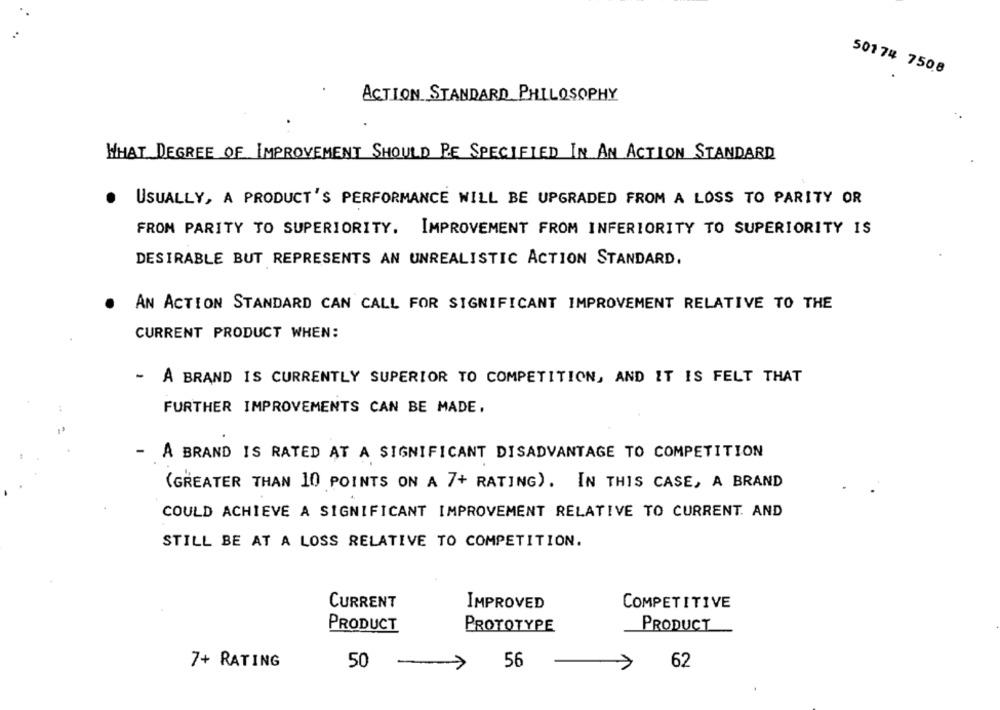
50174 7508
ACTION STANDARD PHILOSOPHY
WHAT DEGREE OF IMPROVEMENT SHOULD BE SPECIFIED IN AN ACTION STANDARD
USUALLY, A PRODUCT'S PERFORMANCE WILL BE UPGRADED FROM A LOSS TO PARITY OR
FROM PARITY TO SUPERIORITY. IMPROVEMENT FROM INFERIORITY TO SUPERIORITY IS
DESIRABLE BUT REPRESENTS AN UNREALISTIC ACTION STANDARD.
AN ACTION STANDARD CAN CALL FOR SIGNIFICANT IMPROVEMENT RELATIVE TO THE
CURRENT PRODUCT WHEN:
- A BRAND IS CURRENTLY SUPERIOR TO COMPETITION, AND IT IS FELT THAT
FURTHER IMPROVEMENTS CAN BE MADE,
- A BRAND IS RATED AT A SIGNIFICANT DISADVANTAGE TO COMPETITION
(GREATER THAN 10 POINTS ON A 7+ RATING). IN THIS CASE, A BRAND
COULD ACHIEVE A SIGNIFICANT IMPROVEMENT RELATIVE TO CURRENT. AND
STILL BE AT A LOSS RELATIVE TO COMPETITION.
CURRENT
IMPROVED
COMPETITIVE
PRODUCT
PROTOTYPE
PRODUCT
7+ RATING
50
-
7
56
>
62